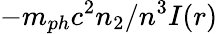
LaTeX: -m_{ph}c^{2}n_{2}/n^{3}I(r)